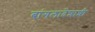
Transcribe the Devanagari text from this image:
बांगलादेशाशी